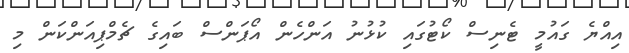
އިއްޔެ ގައުމީ ޓެނިސް ކޯޓުގައި ކުޅުނު އަންހެން އޯޕަންސް ބައިގެ ޗެމްޕިއަންކަން މި